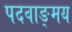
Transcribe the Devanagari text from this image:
पदवाङ्मय